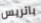
باتريس